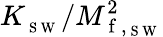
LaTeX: K_{_{\mathrm{~S~W~}}}/M_{\mathrm{~f~},_{\mathrm{~S~W~}}}^{2}